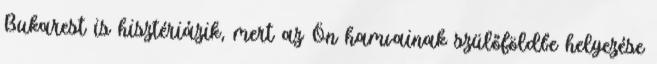
Bukarest is hisztériázik, mert az Ön hamvainak szülőföldbe helyezése